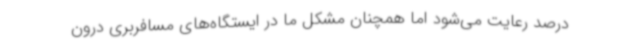
درصد رعایت می‌شود اما همچنان مشکل ما در ایستگاه‌های مسافربری درون